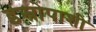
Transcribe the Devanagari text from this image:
इस्रोपाशी